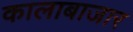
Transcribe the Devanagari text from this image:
कालाबाजार